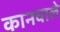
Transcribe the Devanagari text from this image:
कानवाले